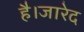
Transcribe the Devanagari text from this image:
है।जारेद